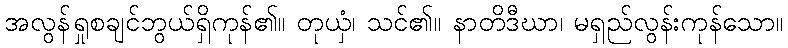
အလွန်ရှုစချင်ဘွယ်ရှိကုန်၏။ တုယှံ၊ သင်၏။ နာတိဒီဃာ၊ မရှည်လွန်းကုန်သော။